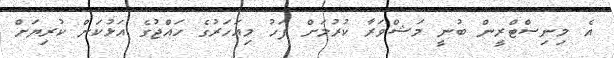
އެ މިނިސްޓްރީން ބުނީ މަޝްވަރާ ކުރުމަށް ފަހު މިއަހަރުގެ ހައްޖުގެ އަޅުކަން ކުރިޔަށް